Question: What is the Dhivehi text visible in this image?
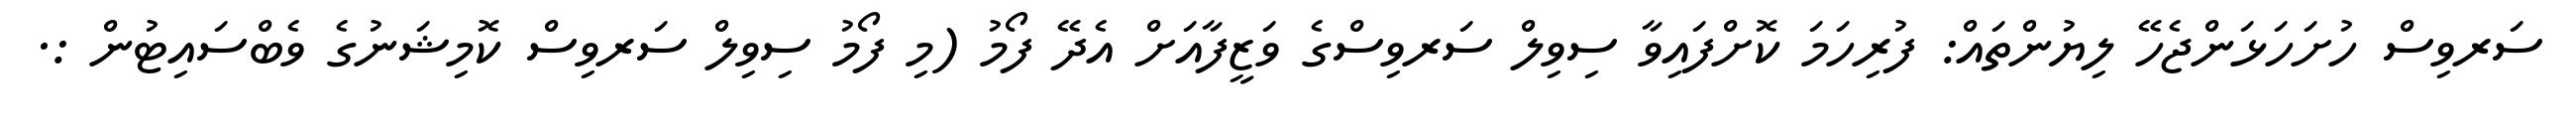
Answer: ސަރވިސް ހުށަހަޅަންޖެހޭ ލިޔުންތައް: ފުރިހަމަ ކޮށްފައިވާ ސިވިލް ސަރވިސްގެ ވަޒީފާއަށް އެދޭ ފޯމު (މި ފޯމު ސިވިލް ސަރވިސް ކޮމިޝަނުގެ ވެބްސައިޓުން :.